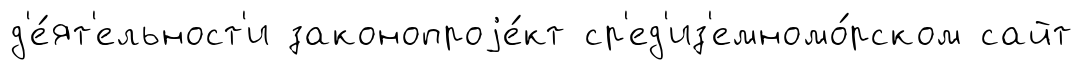
д'е́ят'ельност'и законопроjе́кт ср'ед'из'емномо́рском сайт